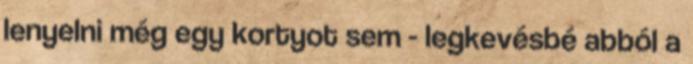
lenyelni még egy kortyot sem - legkevésbé abból a